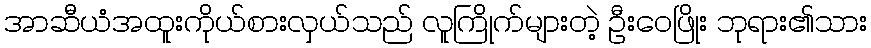
အာဆီယံအထူးကိုယ်စားလှယ်သည် လူကြိုက်များတဲ့ ဦးဝေဖြိုး ဘုရား၏သား